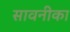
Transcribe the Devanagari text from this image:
सावनीका